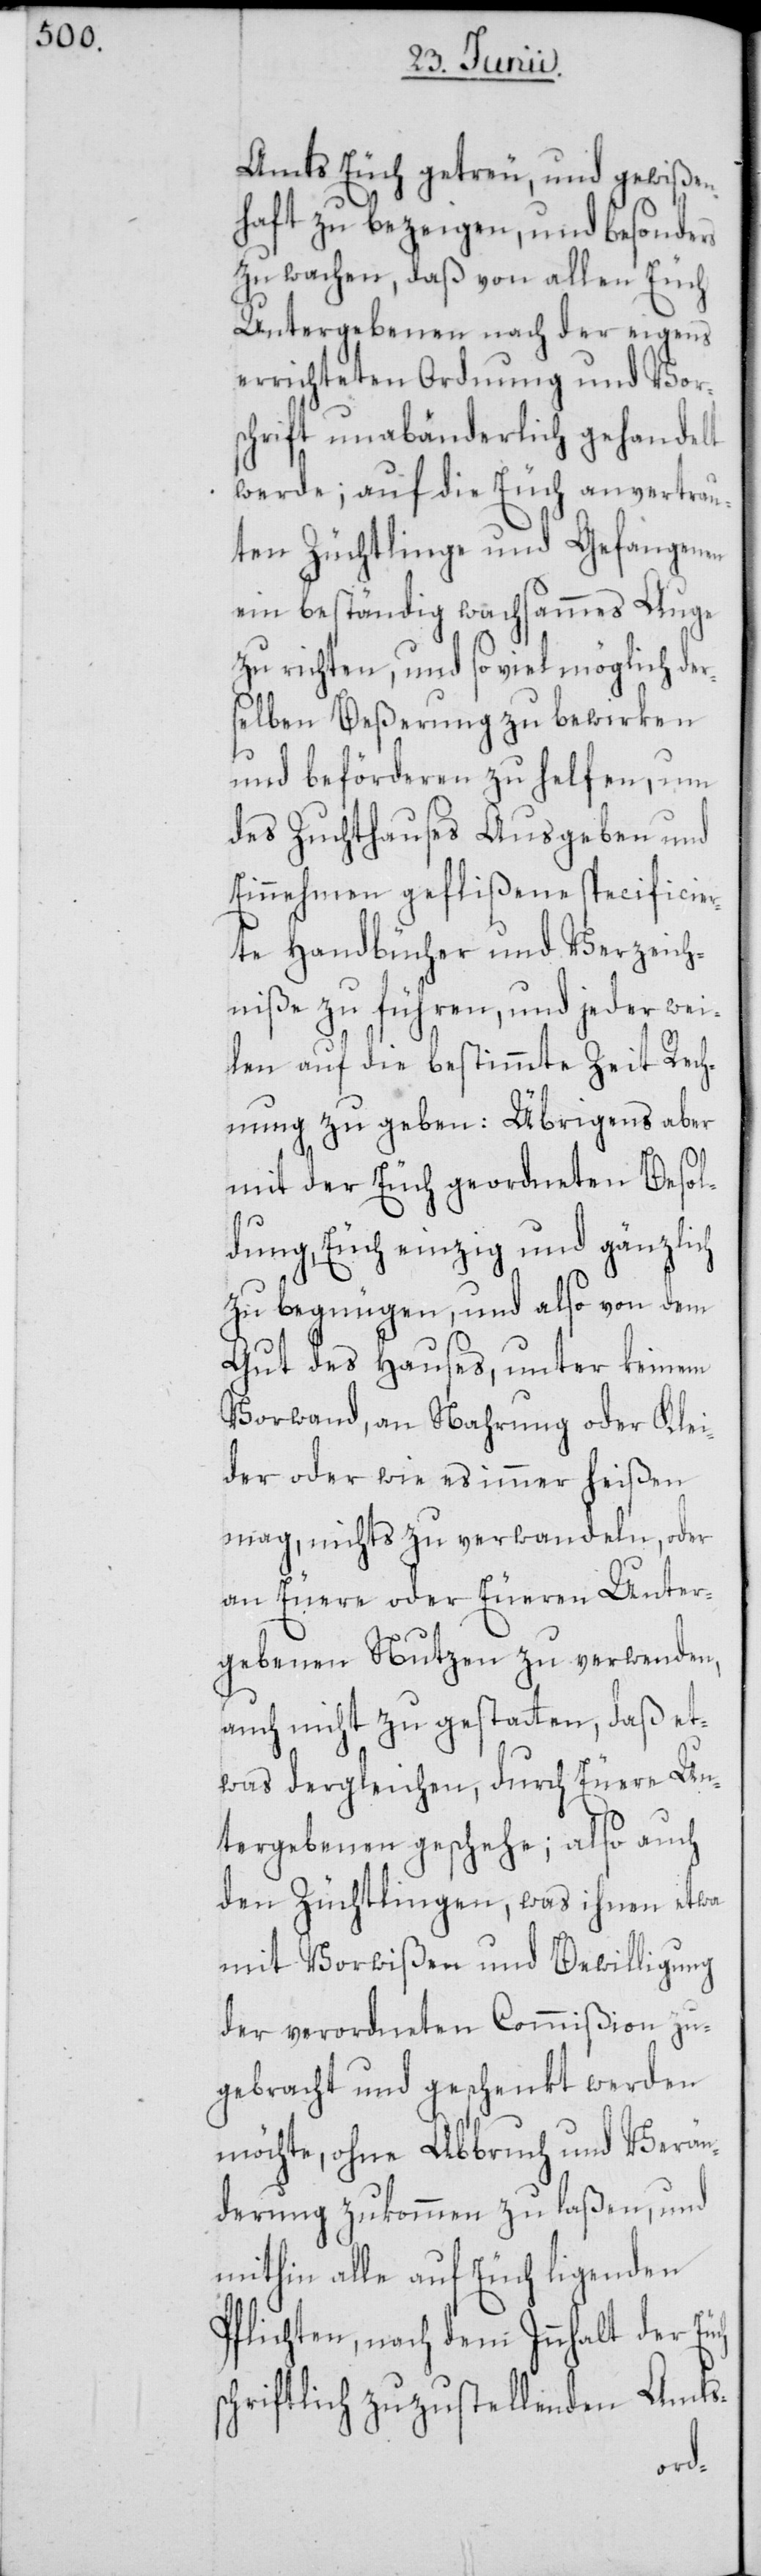
Amts Euch getreu, und gewißen¬
haft zu bezeigen, und besonders
zu wachen, daß von allen Euch
Untergebenen nach der eigens
errichteten Ordnung und Vor¬
schrift unabänderlich gehandelt
werde; auf die Euch anvertrau¬
ten Züchtlinge und Gefangenen
ein beständig wachsammes Auge
zu richten, und so viel möglich der¬
selben Beßerung zu bewirken
und beförderen zu helfen, um
des Zuchthauses Ausgeben und
Einnehmen geflißene specificier¬
te Handbücher und Verzeich¬
niße zu führen, und jeder wei¬
len auf die bestimmte Zeit Rech¬
nung zu geben: Übrigens aber
mit der Euch geordneten Besol¬
dung, Euch einzig und gänzlich
zu begnügen, und also von dem
Gut des Hauses, unter keinem
Vorwand, an Nahrung oder Klei¬
der oder wie es immer heißen
mag, nichts zu verwandeln, oder
an Euere oder Eueren Unter¬
gebenen Nutzen zu verwenden,
auch nicht zu gestatten, daß et¬
was dergleichen, durch Euere Un¬
tergebenen geschehe; also auch
den Züchtlingen, was ihnen etwa
mit Vorwißen und Bewilligung
der verordneten Commißion zu¬
gebracht und geschenkt werden
möchte, ohne Abbruch und Verän¬
derung zukommen zu laßen, und
mithin alle auf Euch ligenden
Pflichten, nach dem Innhalt der Euch
schriftlich zuzustellenden Amts-